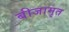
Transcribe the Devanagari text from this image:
बीजामृत